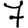
Digit: 7